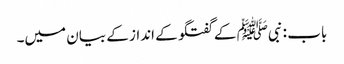
باب : نبیﷺ کے گفتگو کے انداز کے بیان میں۔